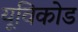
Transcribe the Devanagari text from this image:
यूविकोड